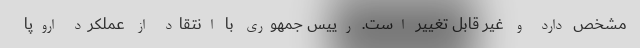
مشخص دارد و غیر قابل تغییر است. رییس جمهوری با انتقاد از عملکرد اروپا